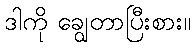
ဒါကို ချွေတာပြီးစား။